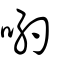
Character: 喲